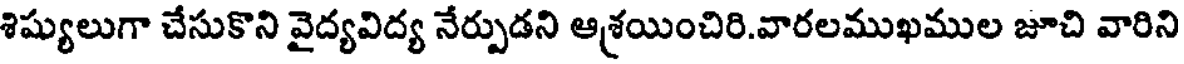
శిష్యులుగా చేసుకొని వైద్యవిద్య నేర్పుడని ఆశ్రయించిరి.వారలముఖముల జూచి వారిని